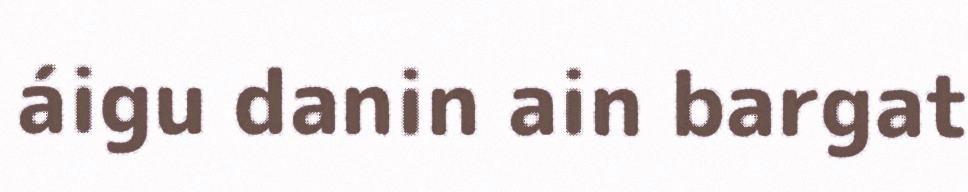
áigu danin ain bargat